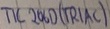
Text: TIC206D(TRIAC)